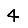
Digit: 4